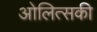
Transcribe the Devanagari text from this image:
ओलित्सकी